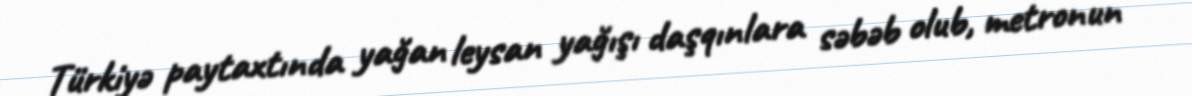
Türkiyə paytaxtında yağan leysan yağışı daşqınlara səbəb olub, metronun